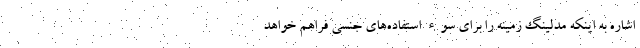
اشاره به اینکه مدلینگ زمینه را برای سوء استفاده‌های جنسی فراهم خواهد